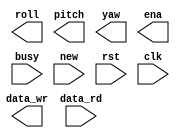
`timescale 1ns / 1ps
//////////////////////////////////////////////////////////////////////////////////
// Company: 
// Engineer: 
// 
// Design Name: 
// Module Name:    Gyro_Controller 
// Project Name: 
// Target Devices: 
// Tool versions: 
// Description: 
//
// Dependencies: 
//
// Revision: 
// Revision 0.01 - File Created
// Additional Comments: 
//
//////////////////////////////////////////////////////////////////////////////////
module Gyro_Controller(
	output [19:0] roll,
	output [19:0] pitch,
	output [19:0] yaw,
	output ena,
	output [7:0] data_wr,
	input [7:0] data_rd,
	input busy,
	input new,
	input rst,
	input clk
    );


endmodule